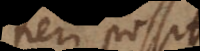
fieri possit